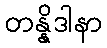
တန္နိဒါနာ